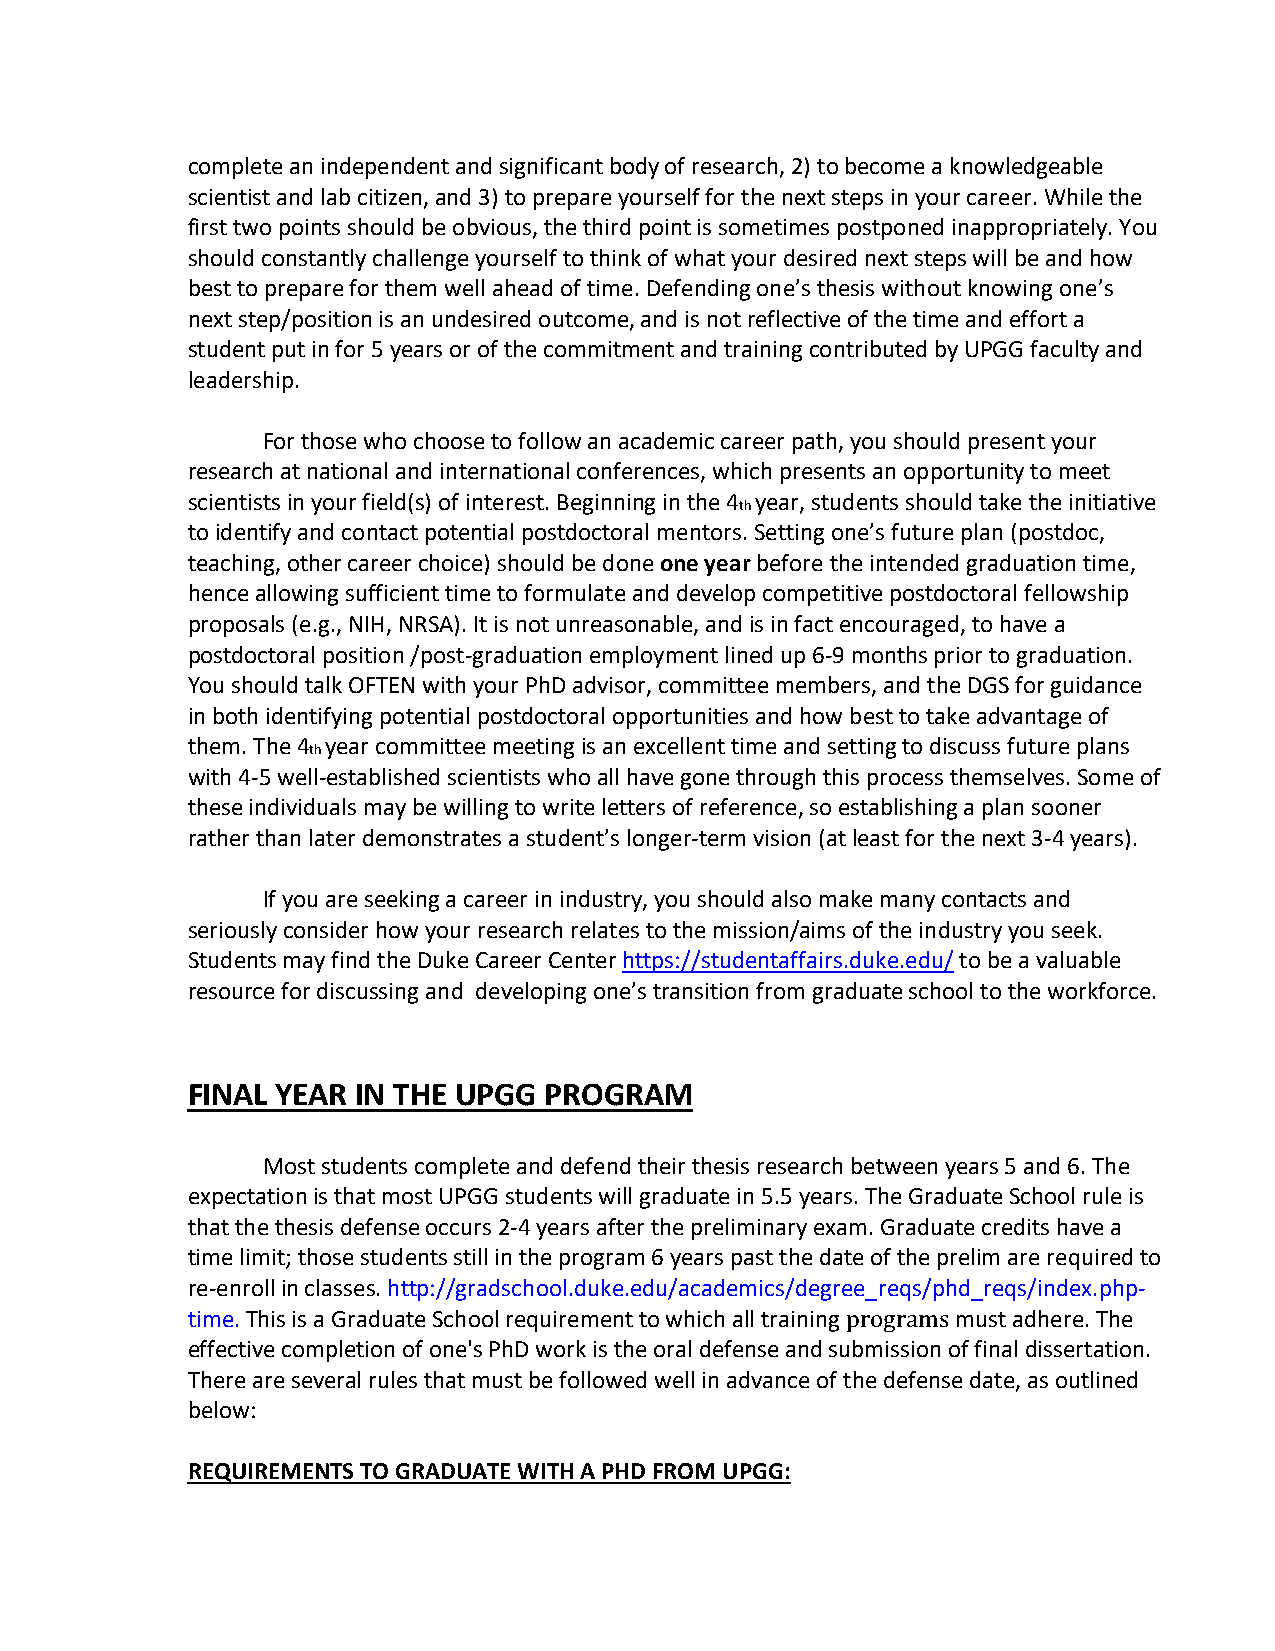
complete an independent and significant body of research, 2) to become a knowledgeable
 scientist and lab citizen, and 3) to prepare yourself for the next steps in your career. While the
 first two points should be obvious, the third point is sometimes postponed inappropriately. You
 should constantly challenge yourself to think of what your desired next steps will be and how
 best to prepare for them well ahead of time. Defending one’s thesis without knowing one’s
 next step/position is an undesired outcome, and is not reflective of the time and effort a
 student put in for 5 years or of the commitment and training contributed by UPGG faculty and
 leadership.
 For those who choose to follow an academic career path, you should present your
 research at national and international conferences, which presents an opportunity to meet
 scientists in your field(s) of interest. Beginning in the 4 year, students should take the initiative
 th
 to identify and contact potential postdoctoral mentors. Setting one’s future plan (postdoc,
 teaching, other career choice) should be done one year before the intended graduation time,
 hence allowing sufficient time to formulate and develop competitive postdoctoral fellowship
 proposals (e.g., NIH, NRSA). It is not unreasonable, and is in fact encouraged, to have a
 postdoctoral position /post-graduation employment lined up 6-9 months prior to graduation.
 You should talk OFTEN with your PhD advisor, committee members, and the DGS for guidance
 in both identifying potential postdoctoral opportunities and how best to take advantage of
 them. The 4 year committee meeting is an excellent time and setting to discuss future plans
 th
 with 4-5 well-established scientists who all have gone through this process themselves. Some of
 these individuals may be willing to write letters of reference, so establishing a plan sooner
 rather than later demonstrates a student’s longer-term vision (at least for the next 3-4 years).
 If you are seeking a career in industry, you should also make many contacts and
 seriously consider how your research relates to the mission/aims of the industry you seek.
 Students may find the Duke Career Center https://studentaffairs.duke.edu/ to be a valuable
 resource for discussing and developing one’s transition from graduate school to the workforce.
 FINAL YEAR  IN THE UPGG PROGRAM
 Most students complete and defend their thesis research between years 5 and 6. The
 expectation is that most UPGG students will graduate in 5.5 years. The Graduate School rule is
 that the thesis defense occurs 2-4 years after the preliminary exam. Graduate credits have a
 time limit; those students still in the program 6 years past the date of the prelim are required to
 re-enroll in classes. http://gradschool.duke.edu/academics/degree_reqs/phd_reqs/index.php-
 time. This is a Graduate School requirement to which all training programs must adhere. The
 effective completion of one's PhD work is the oral defense and submission of final dissertation.
 There are several rules that must be followed well in advance of the defense date, as outlined
 below:
 REQUIREMENTS TO GRADUATE WITH A PHD FROM UPGG: